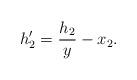
LaTeX: \begin{align*}h_2'=\frac{h_2}{y}-x_2.\end{align*}